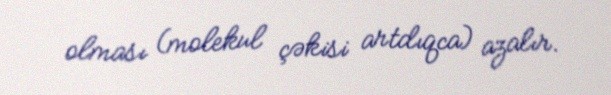
olması (molekul çəkisi artdıqca) azalır.